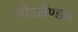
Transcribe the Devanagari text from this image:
लोऽलैंण्डस